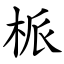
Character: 㭛